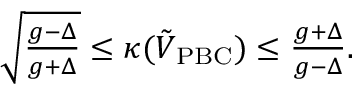
\begin{array} { r } { \sqrt { \frac { g - \Delta } { g + \Delta } } \le \kappa ( \tilde { V } _ { \mathrm { P B C } } ) \le \frac { g + \Delta } { g - \Delta } . } \end{array}